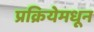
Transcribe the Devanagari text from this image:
प्रक्रियेमधून